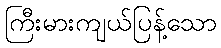
ကြီးမားကျယ်ပြန့်သော